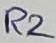
Text: R2